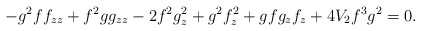
\begin{align*}-g^2ff_{zz}+f^2gg_{zz}-2f^2g_z^2+g^2f_z^2+gfg_zf_z+4V_2f^3g^2=0.\end{align*}